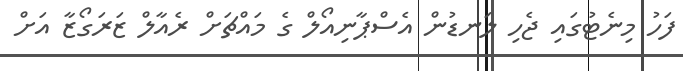
ފަހު މިނެޓުގައި ޖެހި ލަނޑުން އެސްޕާނިއޯލް ގެ މައްޗަށް ރެއާލް ޒަރަގޯޒާ އަށް